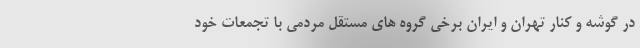
در گوشه و کنار تهران و ایران برخی گروه های مستقل مردمی با تجمعات خود